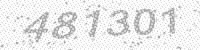
Solution: 481301